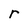
Character: r